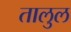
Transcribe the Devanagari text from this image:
तालुल